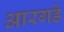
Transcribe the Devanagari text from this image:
आरगडे